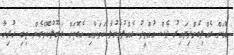
ބޮޑަށް ގެއްލިގެންދިޔައިރު ވެސް އުއްމީދު ގެއްލުވާނުލާ ކަމަށާއި އެގޮތަށް ގަބޫލުކޮށްގެން ތިބި ހުރިހާ